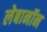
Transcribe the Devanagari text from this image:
लेबानॉन